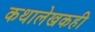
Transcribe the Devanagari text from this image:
कथालेखकही